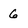
Character: 6